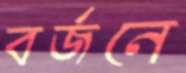
বর্জনে